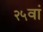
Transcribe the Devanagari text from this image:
२५वां